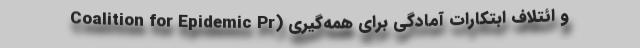
و ائتلاف ابتکارات آمادگی برای همه‌گیری (Coalition for Epidemic Pr